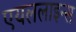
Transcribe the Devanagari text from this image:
एयललाइन्स